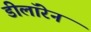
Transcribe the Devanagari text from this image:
डीलॉरेन